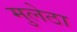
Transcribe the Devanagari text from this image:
मुलेठा